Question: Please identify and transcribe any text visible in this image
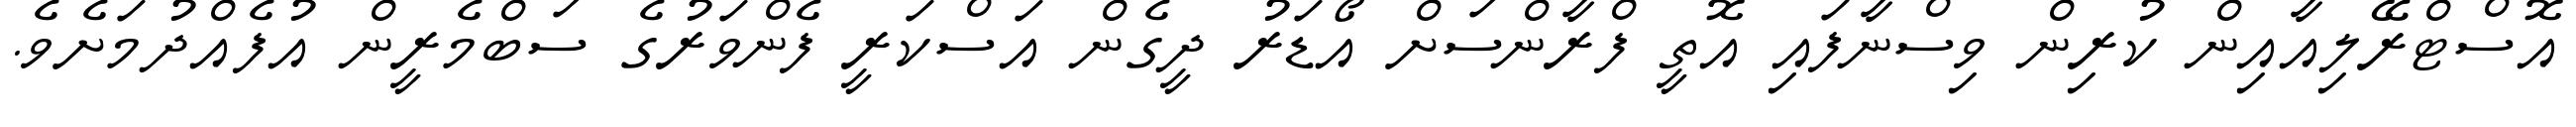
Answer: އޮސްޓްރޭލިއާއިން ކުރިން ވިސްނާފައި އޮތީ ފްރާންސަށް އޯޑަރު ދީގެން އަސްކަރީ ފެންވަރުގެ ސަބްމެރީން އުފެއްދުމަށެވެ.